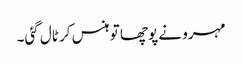
مہرو نے پوچھا تو ہنس کر ٹال گئی۔